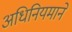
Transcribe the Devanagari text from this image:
अधिनियमाने